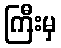
ကြီးမှ